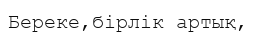
Береке,бірлік артық,